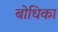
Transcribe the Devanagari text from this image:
बोधिका